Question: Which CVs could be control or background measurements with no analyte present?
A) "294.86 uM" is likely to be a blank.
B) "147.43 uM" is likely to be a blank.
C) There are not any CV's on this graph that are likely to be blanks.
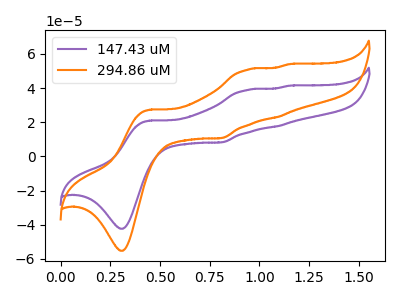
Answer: <think>The purple curve "147.43 uM" has anodic peaks at (0.45V, 20.95uA) (0.95V, 38.90uA) (1.10V, 17.60uA) (1.15V, 41.35uA) and cathodic peaks at (0.30V, -42.35uA) (0.80V, 8.20uA). The orange curve "294.86 uM" has anodic peaks at (0.45V, 27.35uA) (0.95V, 50.75uA) (1.10V, 23.00uA) (1.15V, 54.00uA) and cathodic peaks at (0.30V, -55.25uA) (0.80V, 10.70uA).</think>
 <answer>C) There are not any CV's on this graph that are likely to be blanks.</answer>
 <eval>C</eval>